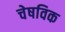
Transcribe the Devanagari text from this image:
चेषविक